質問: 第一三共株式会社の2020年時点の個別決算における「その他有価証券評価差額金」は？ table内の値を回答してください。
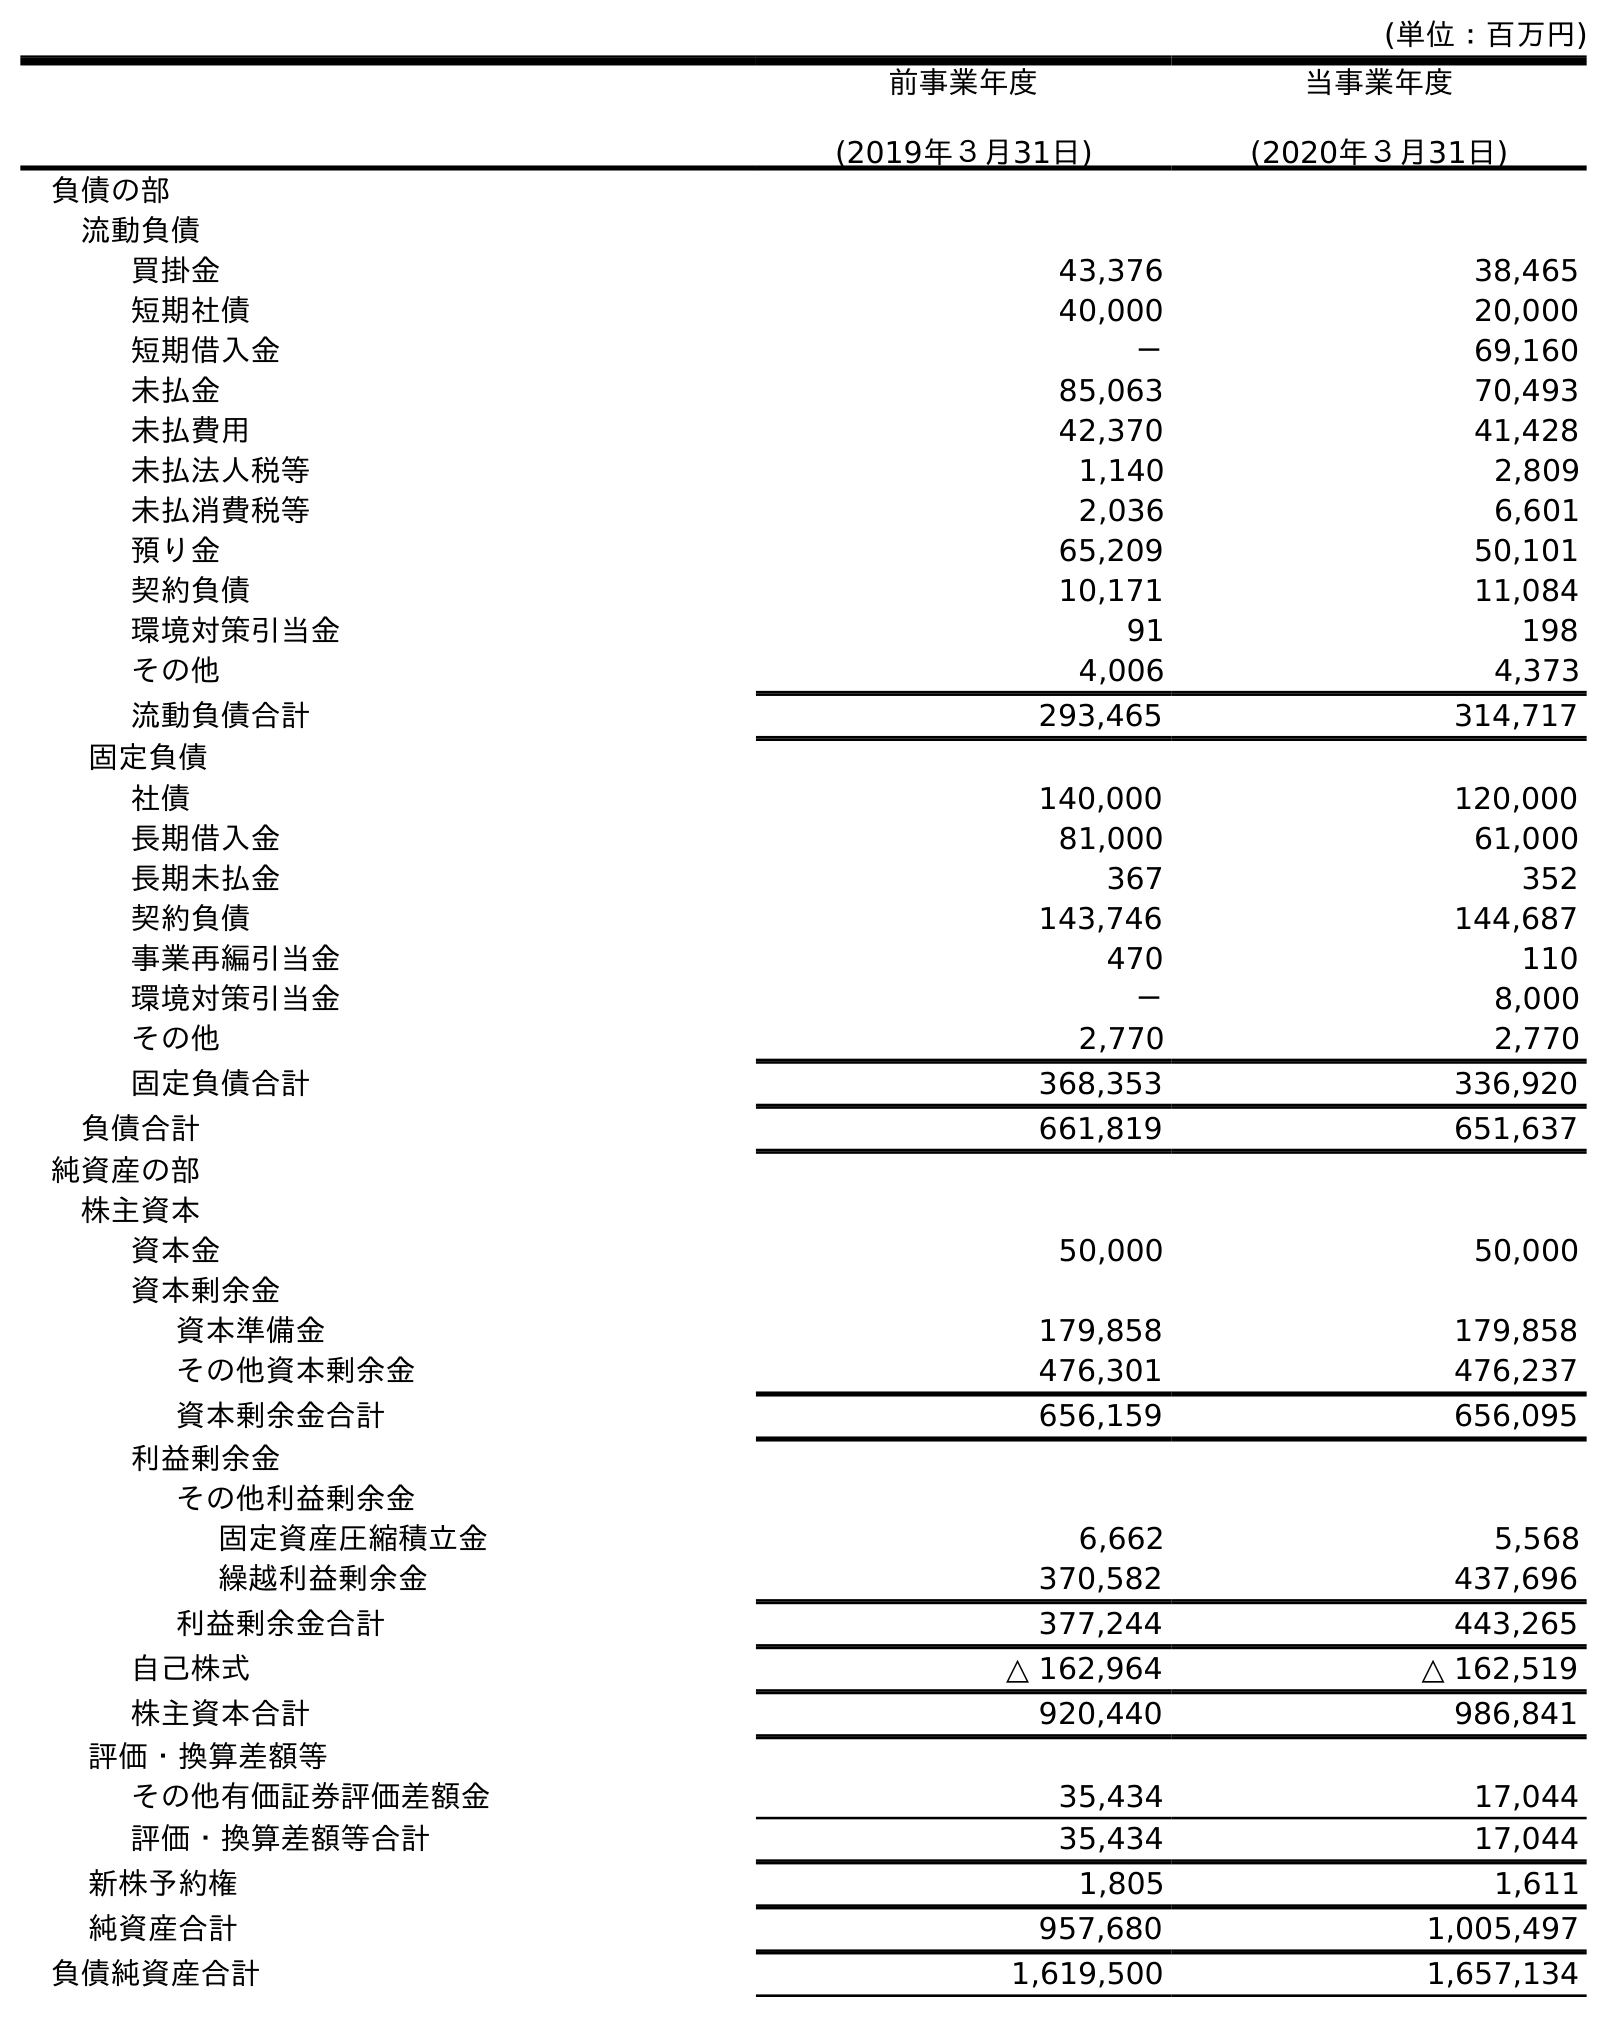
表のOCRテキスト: (単位：百万円) 前事業年度 (2019年３月31日) 当事業年度 (2020年３月31日) 負債の部 流動負債 買掛金 43,376 38,465 短期社債 40,000 20,000 短期借入金 － 69,160 未払金 85,063 70,493 未払費用 42,370 41,428 未払法人税等 1,140 2,809 未払消費税等 2,036 6,601 預り金 65,209 50,101 契約負債 10,171 11,084 環境対策引当金 91 198 その他 4,006 4,373 流動負債合計 293,465 314,717 固定負債 社債 140,000 120,000 長期借入金 81,000 61,000 長期未払金 367 352 契約負債 143,746 144,687 事業再編引当金 470 110 環境対策引当金 － 8,000 その他 2,770 2,770 固定負債合計 368,353 336,920 負債合計 661,819 651,637 純資産の部 株主資本 資本金 50,000 50,000 資本剰余金 資本準備金 179,858 179,858 その他資本剰余金 476,301 476,237 資本剰余金合計 656,159 656,095 利益剰余金 その他利益剰余金 固定資産圧縮積立金 6,662 5,568 繰越利益剰余金 370,582 437,696 利益剰余金合計 377,244 443,265 自己株式 △ 162,964 △ 162,519 株主資本合計 920,440 986,841 評価・換算差額等 その他有価証券評価差額金 35,434 17,044 評価・換算差額等合計 35,434 17,044 新株予約権 1,805 1,611 純資産合計 957,680 1,005,497 負債純資産合計 1,619,500 1,657,134
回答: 17,044